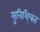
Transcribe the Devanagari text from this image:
सुनिशि्चत